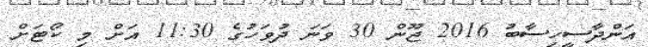
އަންދާސީހިސާބު 2016 ޖޫން 30 ވަނަ ދުވަހުގެ 11:30 އަށް މި ކޯޓަށް